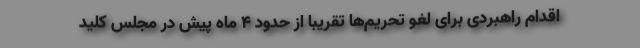
اقدام راهبردی برای لغو تحریم‌ها تقریبا از حدود ۴ ماه پیش در مجلس کلید